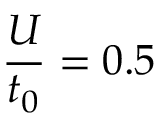
\frac { U } { t _ { 0 } } = 0 . 5